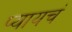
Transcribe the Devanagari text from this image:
प्यायचं